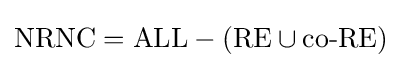
{\mbox{NRNC}}={\mbox{ALL}}-({\mbox{RE}}\cup {\mbox{co-RE}})